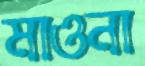
মাওনা